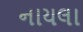
નાયલા